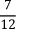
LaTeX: \frac { 7 } { 1 2 }